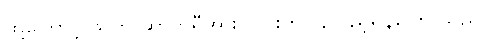
ထို့ကြောင့် သူက ဆာဘရီအား ကားကိုပြန်လှည့်ရန်ပြော သည်။